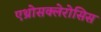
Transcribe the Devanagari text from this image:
एथ्रोसक्लेरोसिस